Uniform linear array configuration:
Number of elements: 64
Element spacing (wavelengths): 0.75
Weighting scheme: blackman
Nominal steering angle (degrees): -15
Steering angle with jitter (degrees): -16.422
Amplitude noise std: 0.05
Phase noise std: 0.05

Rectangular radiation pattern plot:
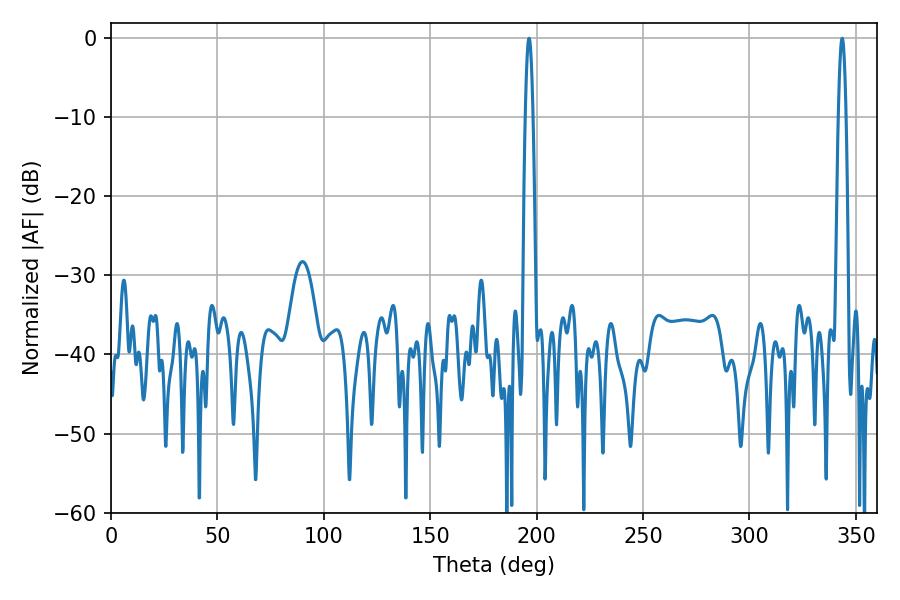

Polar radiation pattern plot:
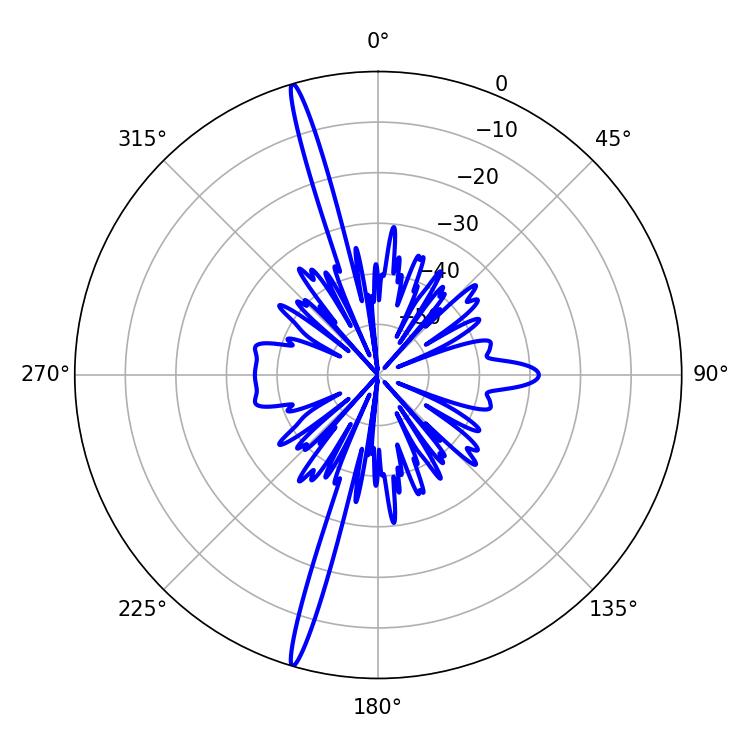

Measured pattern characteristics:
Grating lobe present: TRUE
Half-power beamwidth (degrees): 1.98
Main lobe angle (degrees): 196.38